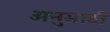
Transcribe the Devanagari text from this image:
अनुमादी